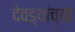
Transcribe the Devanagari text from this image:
देवड्यांच्या